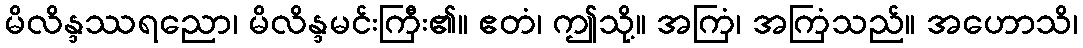
မိလိန္ဒဿရညော၊ မိလိန္ဒမင်းကြီး၏။ ဧတံ၊ ဤသို့။ အကြံ၊ အကြံသည်။ အဟောသိ၊